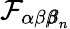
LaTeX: \mathcal{F}_{\alpha\beta{\pmb\beta}_{n}}